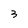
Character: 3